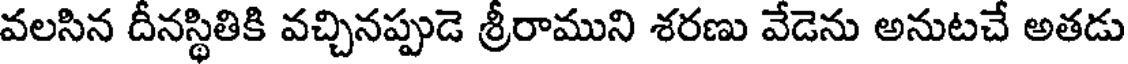
వలసిన దీనస్థితికి వచ్చినప్పుడె శ్రీరాముని శరణు వేడెను అనుటచే అతడు